Report of an investigation into the causes of the diseases known in Assam as Kála-Azár and Beri-Beri
Disease focus: Beri-Beri
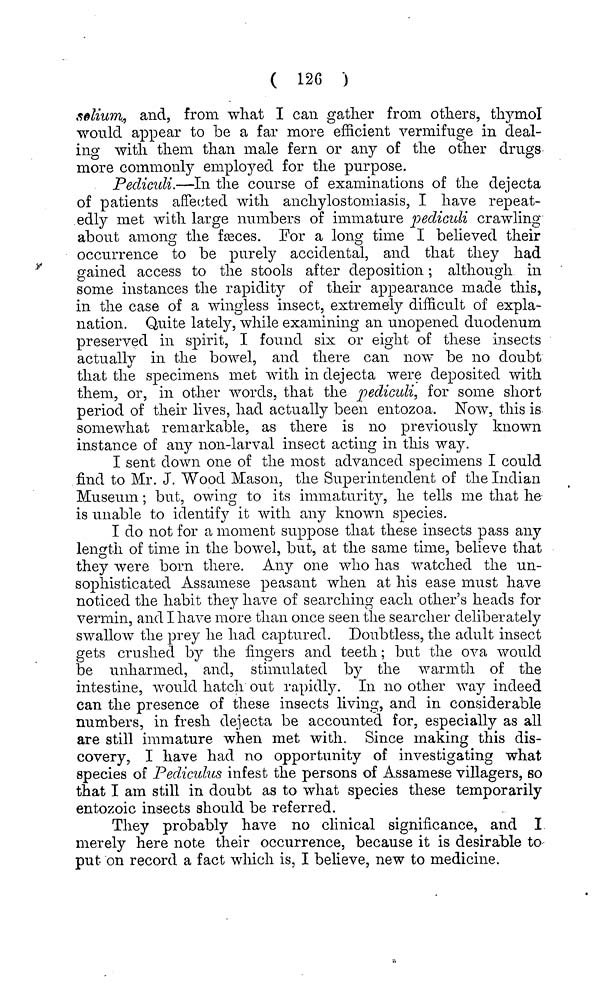
( 126 )
tsolium., and, from what I can gather from others, thymol
would appear to be a far more efficient vermifuge in deal-
ing with them, than male fern or any of the other drugs
more commonly employed for the purpose.
Pediculi.—In the course of examinations of the dejecta
of patients affected with anchylostomiasis, I have repeat-
edly met with large numbers of immature pediculi crawling
about among the fseces. For a long time I believed their
occurrence to be purely accidental, and that they had
gained access to the stools after deposition; although in
some instances the rapidity of their appearance made this,
in the case of a wingless insect, extremely difficult of expla-
nation. Quite lately, while examining an unopened duodenum
preserved in spirit, I found six or eight of these insects
actually in the bowel, and there can now be no doubt
that the specimens met with in dejecta were deposited with
them, or, in other words, that the pediculi^ for some short
period of their lives, had actually been eutozoa. Now, this is
somewhat remarkable, as there is no previously known
instance of any non-larval insect acting in this way.
I sent down one of the most advanced specimens I could
find to Mr. J. Wood Mason, the Superintendent of the Indian
Museum; but, owing to its immaturity, he tells me that he
is unable to identify it with any known species.
I do not for a moment suppose that these insects pass any
length of time in the bowel, but, at the same time, believe that
they were born there. Any one who has watched the un-
sophisticated Assamese peasant when at his ease must have
noticed the habit they have of searching each other's heads for
vermin, and I have more than once seen the searcher deliberately
swallow the prey he had captured. Doubtless, the adult insect
gets crushed by the fingers and teeth; but the ova would
be unharmed, and, stimulated by the warmth of the
intestine, would hatch out rapidly. In no other way indeed
can the presence of these insects living, and in considerable
numbers, in fresh dejecta be accounted for, especially as all
are still immature when met with. Since making this dis-
covery, I have had no opportunity of investigating what
species of Pediculus infest the persons of Assamese villagers, so
that I am still in doubt as to what species these temporarily
entozoic insects should be referred.
They probably have no clinical significance, and I
merely here note their occurrence, because it is desirable to
put on record a fact which is, I believe, new to medicine.